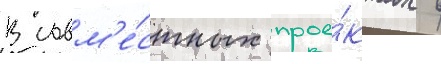
В совм'е́стных прое́ктах в